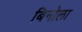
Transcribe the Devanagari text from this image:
बिनोला